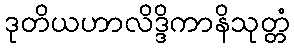
ဒုတိယဟာလိဒ္ဒိကာနိသုတ္တံ